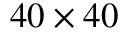
4 0 \times 4 0